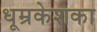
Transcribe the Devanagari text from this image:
धूम्रकेशका